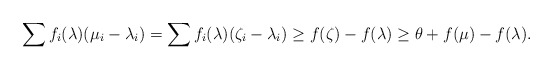
\begin{align*} \sum f_i (\lambda) (\mu_i - \lambda_i) = \sum f_i (\lambda) (\zeta_i - \lambda_i) \geq f (\zeta) - f (\lambda) \geq \theta + f(\mu) - f (\lambda). \end{align*}